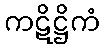
ကဋိဋ္ဌိကံ